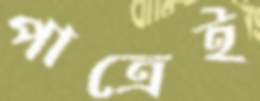
পাত্রেই